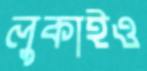
লুকাইও